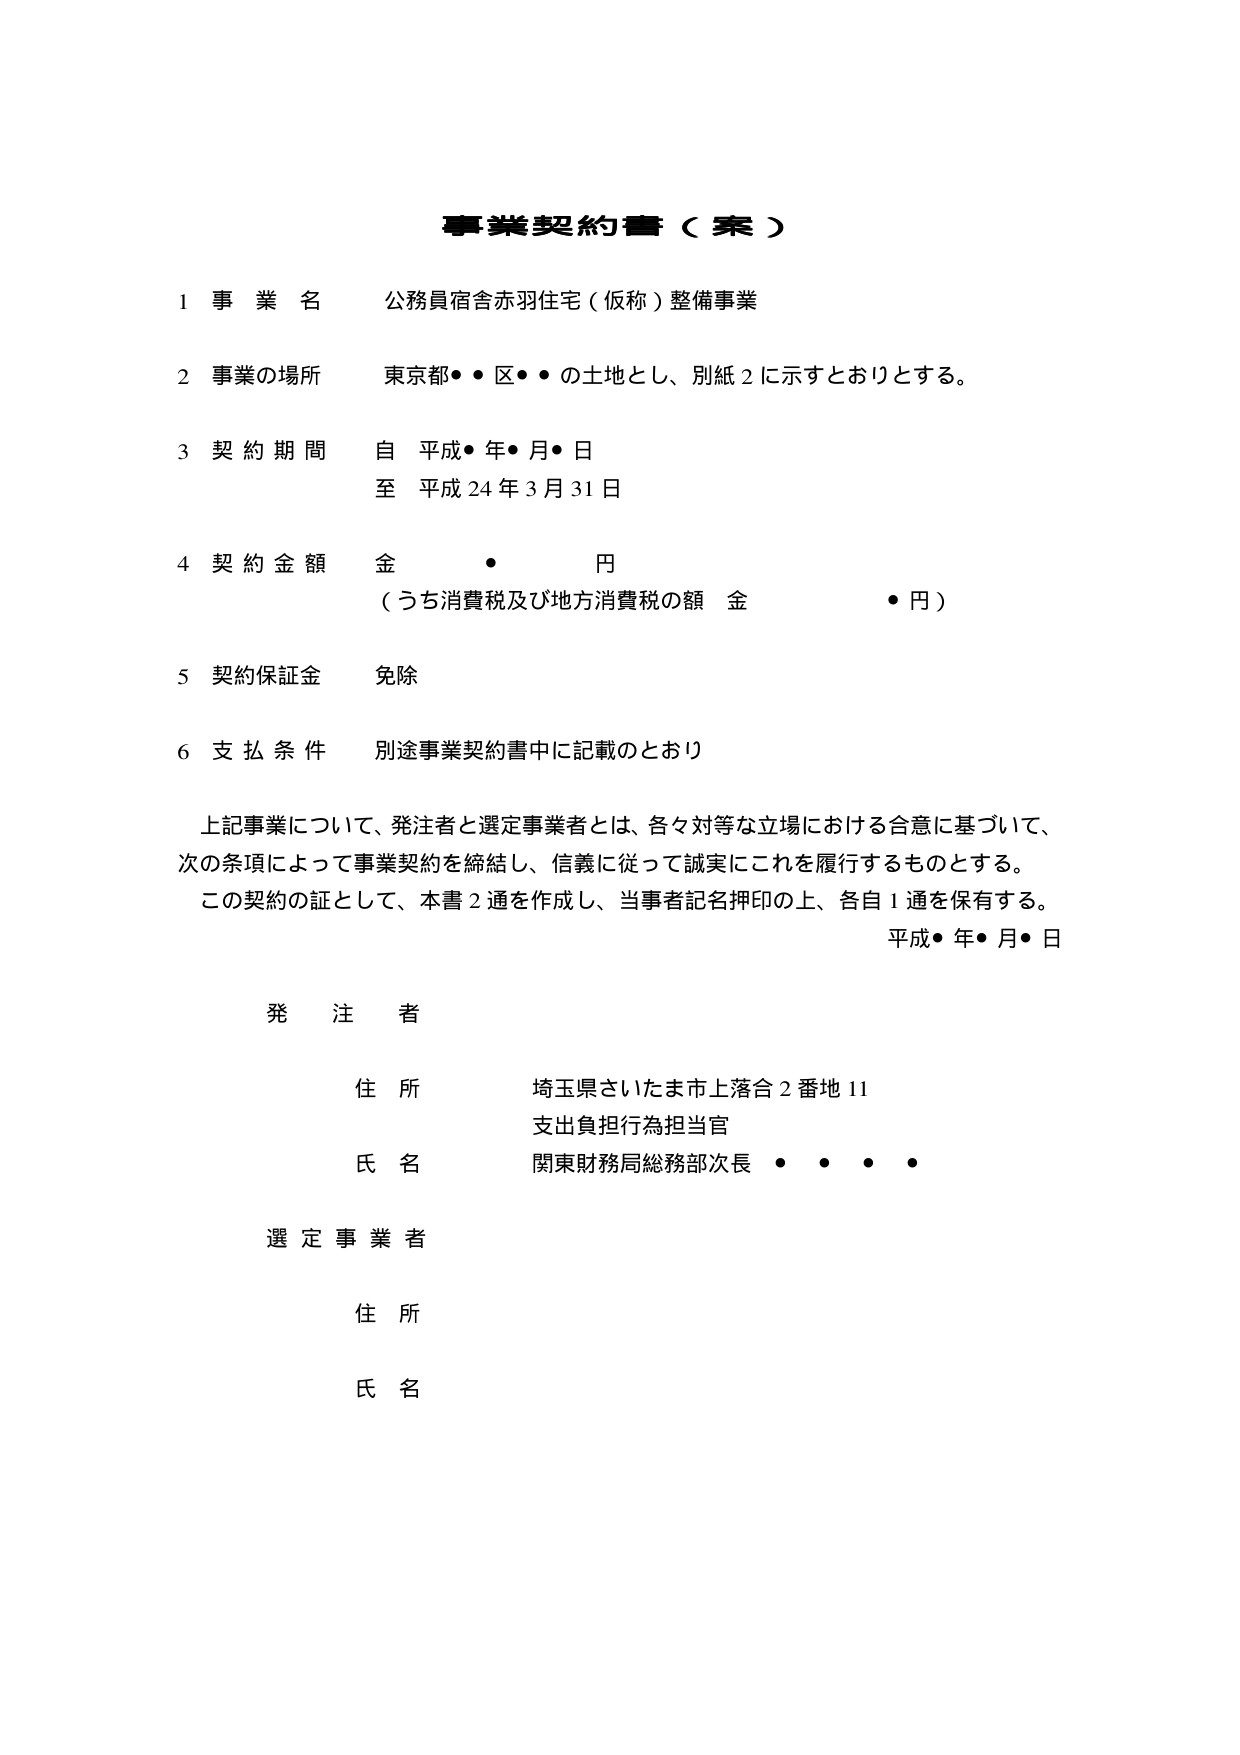
事業契約書（案）

1 事業名 公務員宿舎赤羽住宅（仮称）整備事業

2 事業の場所 東京都●●区●●の土地とし、別紙2に示すとおりとする。

3 契約期間 自 平成●年●月●日
　　　　　　至 平成24年3月31日

4 契約金額 金 ● 円
　　　　　　（うち消費税及び地方消費税の額 金 ● 円）

5 契約保証金 免除

6 支払条件 別途事業契約書中に記載のとおり

上記事業について、発注者と選定事業者とは、各々対等な立場における合意に基づいて、
次の条項によって事業契約を締結し、信義に従って誠実にこれを履行するものとする。
この契約の証として、本書2通を作成し、当事者記名押印の上、各自1通を保有する。
　　　　　　　　　　　　　　　　　　　　　　　　　　　平成●年●月●日

発注者
住所 埼玉県さいたま市上落合2番地11
　　　支出負担行為担当官
氏名 関東財務局総務部次長 ●●●●

選定事業者
住所
氏名